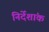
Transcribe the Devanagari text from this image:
निर्देंशांक